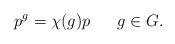
LaTeX: \begin{align*}p^g = \chi(g) p \ \ \ \ \ g \in G . \end{align*}